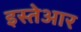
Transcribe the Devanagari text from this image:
इस्तेआर